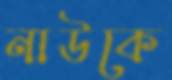
নাউকে